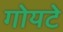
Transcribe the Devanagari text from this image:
गोयटे